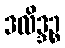
ဒလိဒ္ဒဉ္စ